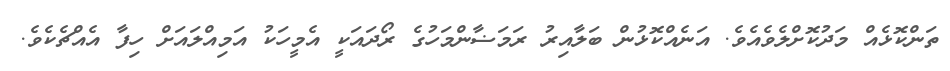
ތަންކޮޅެއް މަދުކޮށްލެވެއެވެ. އަނެއްކޮޅުން ބަލާއިރު ރަމަޟާންމަހުގެ ރޯދައަކީ އެމީހަކު އަމިއްލައަށް ހިފާ އެއްޗެކެވެ.